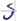
Text: S